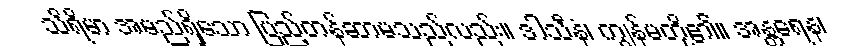
သိရိမာ အမည်ရှိသော ပြည့်တန်ဆာမသည်လည်း။ ဒါသီနံ၊ ကျွန်မတို့၏။ အန္တရေန၊